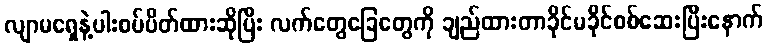
လျာမရှေနဲ့ပါးစပ်ပိတ်ထားဆိုပြီး လက်တွေခြေတွေကို ချည်ထားတာခိုင်မခိုင်စစ်ဆေးပြီးနောက်